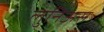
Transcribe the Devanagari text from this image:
लुनिअस